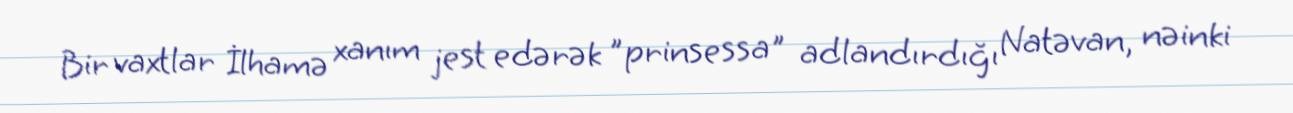
Bir vaxtlar İlhamə xanım jest edərək ”prinsessa" adlandırdığı Natəvan, nəinki